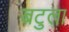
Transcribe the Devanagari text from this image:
बटुला